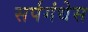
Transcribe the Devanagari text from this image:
सर्पगंधेस